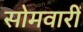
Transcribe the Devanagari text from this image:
सोमवारीं